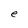
Character: e